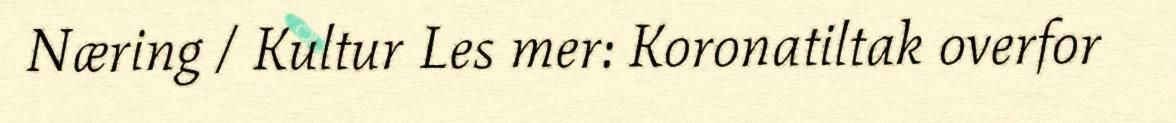
Næring / Kultur Les mer: Koronatiltak overfor